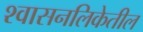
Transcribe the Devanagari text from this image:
श्वासनलिकेतील